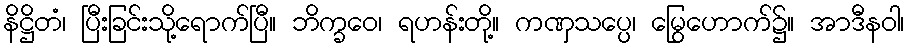
နိဋ္ဌိတံ၊ ပြီးခြင်းသို့ရောက်ပြီ။ ဘိက္ခဝေ၊ ရဟန်းတို့။ ကဏှသပ္ပေ၊ မြွေဟောက်၌။ အာဒီနဝါ၊